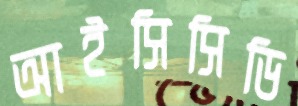
আইসিসিডি